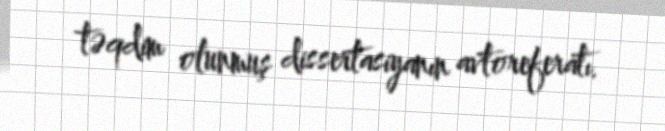
təqdim olunmuş dissertasiyanın avtoreferatı.